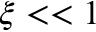
\xi < < 1